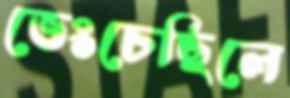
ভেংচেছিলে